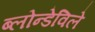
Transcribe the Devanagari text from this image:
ब्लोन्डेविले